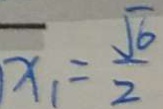
x _ { 1 } = \frac { \sqrt { 6 } } { 2 }